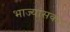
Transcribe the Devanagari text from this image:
भाज्यांसकट